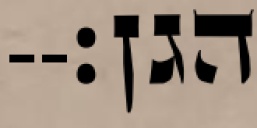
הגן׃--